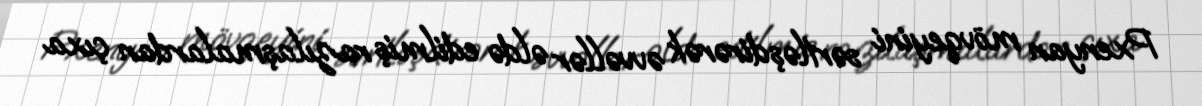
Pxenyan mövqeyini sərtləşdirərək əvvəllər əldə edilmiş razılaşmalardan çıxa